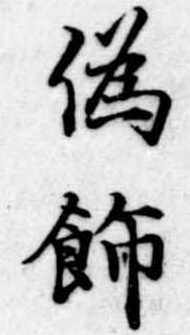
偽飾